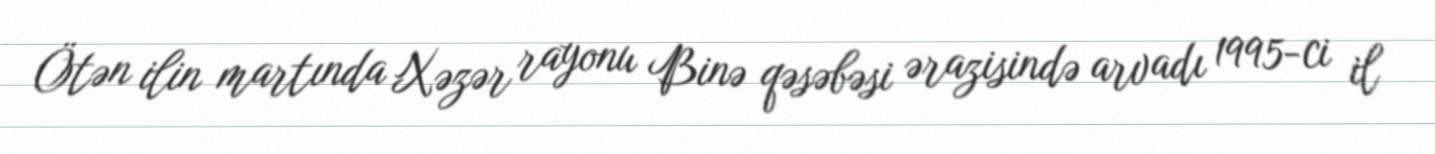
Ötən ilin martında Xəzər rayonu Binə qəsəbəsi ərazisində arvadı 1995-ci il